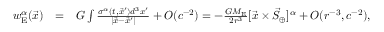
\begin{array} { r l r } { w _ { \mathrm { E } } ^ { \alpha } ( \vec { x } ) } & { = } & { G \int \frac { \sigma ^ { \alpha } ( t , \vec { x } ^ { \prime } ) d ^ { 3 } x ^ { \prime } } { | \vec { x } - \vec { x } ^ { \prime } | } + { \cal O } ( c ^ { - 2 } ) = - \frac { G M _ { \mathrm { E } } } { 2 r ^ { 3 } } [ { \vec { x } } \times { \vec { S } } _ { \oplus } ] ^ { \alpha } + { \cal O } ( r ^ { - 3 } , c ^ { - 2 } ) , } \end{array}